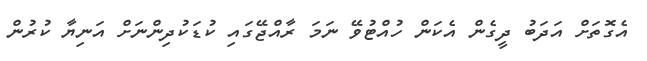
އެގޮތަށް އަދަބު ދީގެން އެކަން ހުއްޓުވޭ ނަމަ ރާއްޖޭގައި ކުޑަކުދިންނަށް އަނިޔާ ކުރުން